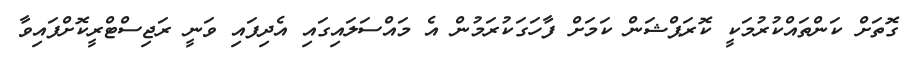
ގޮތަށް ކަންތައްކުރުމަކީ ކޮރަޕްޝަން ކަމަށް ފާހަގަކުރަމުން އެ މައްސަލައިގައި އެދިފައި ވަނީ ރަޖިސްޓްރީކޮށްފައިވާ